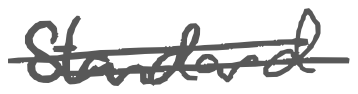
Text: Standard
Cross-out: double-line
Writing tool: digital_gray